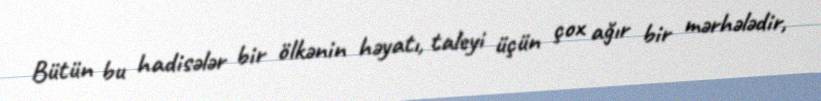
Bütün bu hadisələr bir ölkənin həyatı, taleyi üçün çox ağır bir mərhələdir,